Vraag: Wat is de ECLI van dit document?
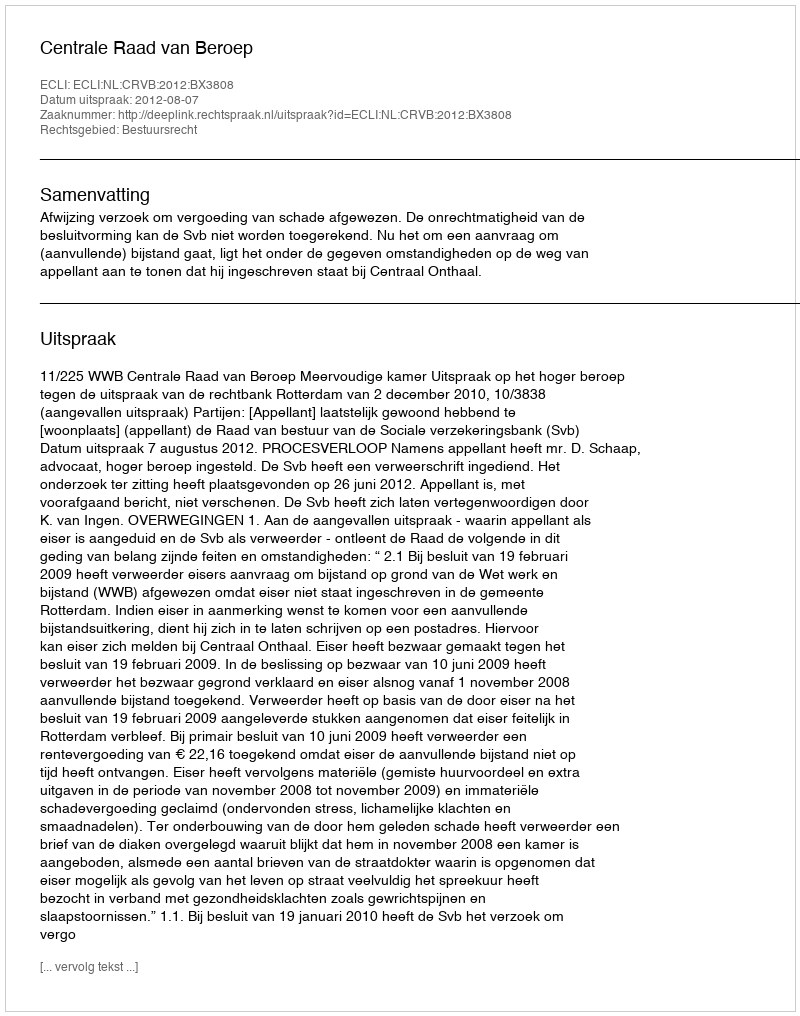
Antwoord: ECLI:NL:CRVB:2012:BX3808